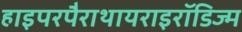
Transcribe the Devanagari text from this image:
हाइपरपैराथायराइरॉडिज्म